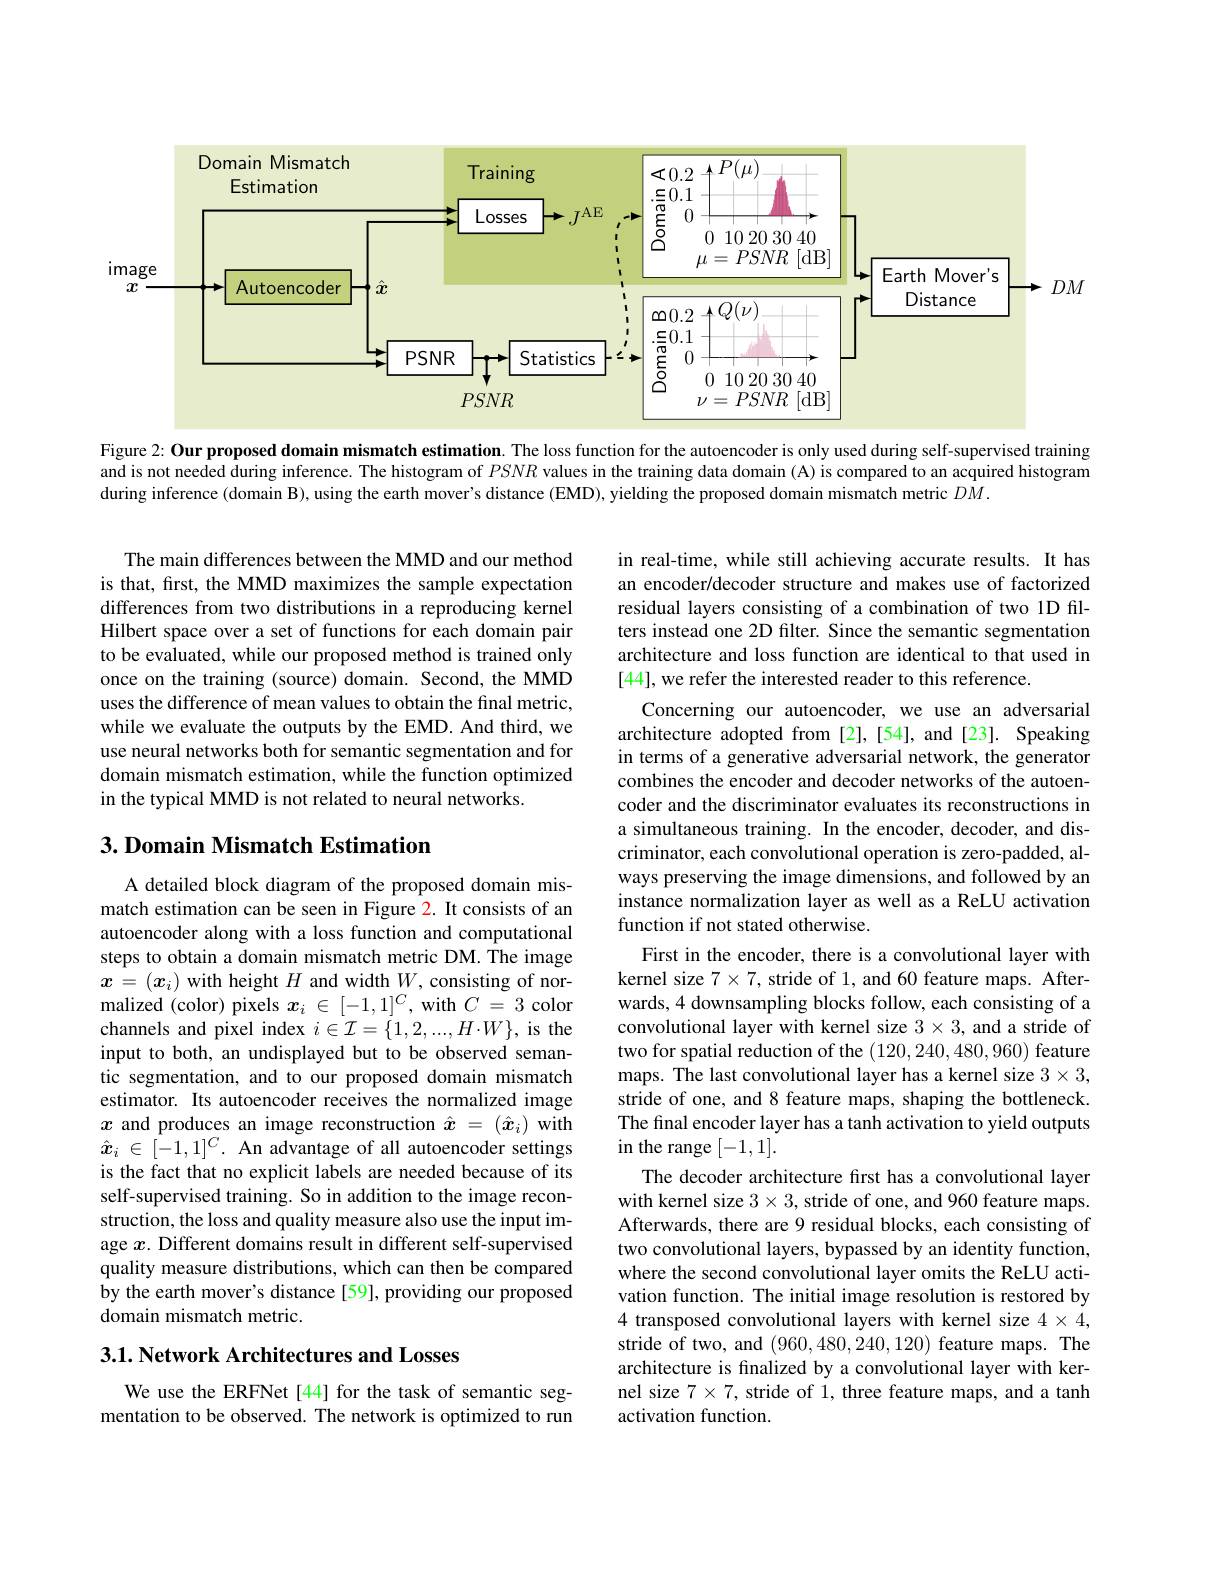
<FigureHere>

Figure 2: Our proposed domain mismatch estimation. The loss function for the autoencoder is only used during self-supervised training and is not needed during inference. The histogram of $PSNR$ values in the training data domain (A) is compared to an acquired histogram during inference (domain B), using the earth mover's distance (EMD), yielding the proposed domain mismatch metric $DM.$

The main differences between the MMD and our method is that, frst, the MMD maximizes the sample expectation differences from two distributions in a reproducing kernel Hilbert space over a set of functions for each domain pair to be evaluated, while our proposed method is trained only once on the training (source) domain. Second, the MMD uses the difference of mean values to obtain the final metric, while we evaluate the outputs by the EMD. And third, we use neural networks both for semantic segmentation and for domain mismatch estimation, while the function optimized in the typical MMD is not related to neural networks.

## 3. Domain Mismatch Estimation

in real-time, while still achieving accurate results. It has an encoder/decoder structure and makes use of factorized residual layers consisting of a combination of two 1D filters instead one 2D filter. Since the semantic segmentation architecture and loss function are identical to that used in [44], we refer the interested reader to this reference.
Concerning our autoencoder, we use an adversarial architecture adopted from [2],[54], and [23]. Speaking in terms of a generative adversarial network, the generator combines the encoder and decoder networks of the autoencoder and the discriminator evaluates its reconstructions in a simultaneous training. In the encoder, decoder, and discriminator, each convolutional operation is zero-padded, always preserving the image dimensions, and followed by an instance normalization layer as well as a ReLU activation function if not stated otherwise.
First in the encoder, there is a convolutional layer with kernel size $7\times7$, stride of 1, and 60 feature maps. Afterwards, 4 downsampling blocks follow, each consisting of a convolutional layer with kernel size $3\times3$, and a stride of two for spatial reduction of the (120,240,480,960) feature maps. The last convolutional layer has a kernel size $3\times3$, stride of one, and 8 feature maps, shaping the bottleneck. The final encoder layer has a tanh activation to yield outputs in the range [-1,1].
The decoder architecture first has a convolutional layer with kernel size $3\times3$, stride of one, and 960 feature maps. Afterwards, there are 9 residual blocks, each consisting of two convolutional layers, bypassed by an identity function, where the second convolutional layer omits the ReLU activation function. The initial image resolution is restored by 4 transposed convolutional layers with kernel size $4\times4$, stride of two, and (960,480,240,120) feature maps. The architecture is finalized by a convolutional layer with kernel size $7\times7$, stride of 1, three feature maps, and a tanh activation function.

A detailed block diagram of the proposed domain mismatch estimation can be seen in Figure 2. It consists of an autoencoder along with a loss function and computational steps to obtain a domain mismatch metric DM. The image $x=(x_i)$ with height $H$ and width $W$, consisting of normalized (color) pixels $x_i\in[-1,1]^C$, with $C=3$ color channels and pixel index $i\in\mathcal{I}=\{1,2,...,H\cdot W\}$, is the input to both, an undisplayed but to be observed semantic segmentation, and to our proposed domain mismatch estimator. Its autoencoder receives the normalized image $x$ and produces an image reconstruction $\hat{x}=(\hat{x}_i)$ with $\hat{\boldsymbol{x}}_i\in[-1,1]^C.$ An advantage of all autoencoder settings is the fact that no explicit labels are needed because of its self-supervised training. So in addition to the image reconstruction, the loss and quality measure also use the input image $x$. Different domains result in different self-supervised quality measure distributions, which can then be compared by the earth mover's distance[59], providing our proposed domain mismatch metric.

## 3.1. Network Architectures and Losses

We use the ERFNet [44] for the task of semantic segmentation to be observed. The network is optimized to run